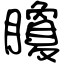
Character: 矎